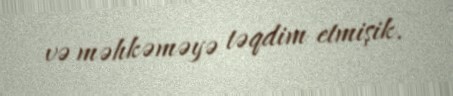
və məhkəməyə təqdim etmişik.